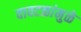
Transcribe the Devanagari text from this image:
वावटळांमुळे